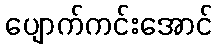
ပျောက်ကင်းအောင်